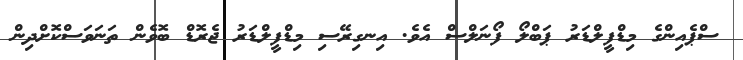
ސްޕެއިންގެ މިޑްފީލްޑަރު ޕަބްލޯ ފޯނަލްސް އެވެ. އިނގިރޭސި މިޑްފީލްޑަރު ޖެރޮޑް ބޮވެން ތަނަވަސްކޮށްދިން